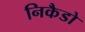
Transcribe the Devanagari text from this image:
निकैडो